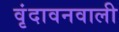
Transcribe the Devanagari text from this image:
वृंदावनवाली